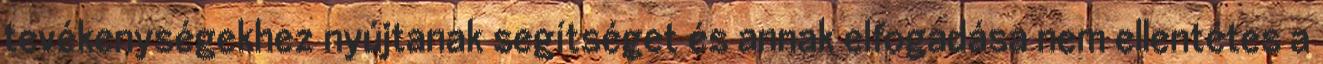
tevékenységekhez nyújtanak segítséget és annak elfogadása nem ellentétes a